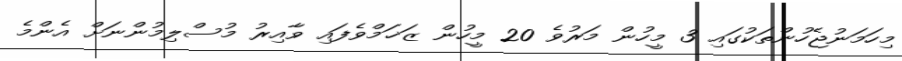
މިހަމަނުޖެހުންތަކުގައި 3 މީހުން މަރުވެ 20 މީހުން ޒަޚަމްވެފައި ވާއިރު މުސްލިމުންނަށް އެންމެ